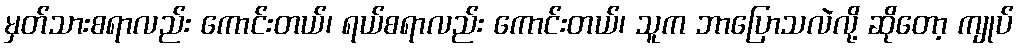
မှတ်သားစရာလည်း ကောင်းတယ်၊ ရယ်စရာလည်း ကောင်းတယ်၊ သူက ဘာပြောသလဲလို့ ဆိုတော့ ကျုပ်